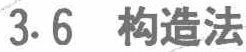
3.6 构造法